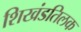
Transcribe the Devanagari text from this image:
शिखंडतिलक